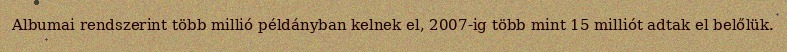
Albumai rendszerint több millió példányban kelnek el, 2007-ig több mint 15 milliót adtak el belőlük.